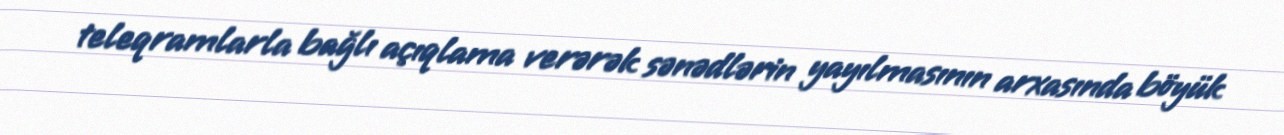
teleqramlarla bağlı açıqlama verərək sənədlərin yayılmasının arxasında böyük